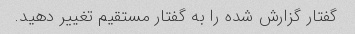
گفتار گزارش شده را به گفتار مستقیم تغییر دهید.